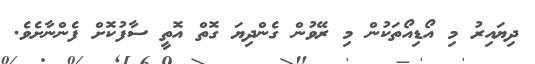
ދިޔައިރު މި އޯޑިއޯތަކުން މި ރޭވުން ގެންދިޔަ ގޮތް އޮތީ ސާފުކޮށް ފެންނާށެވެ.